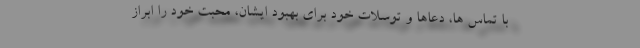
با تماس ها، دعاها و توسلات خود برای بهبود ایشان، محبت خود را ابراز